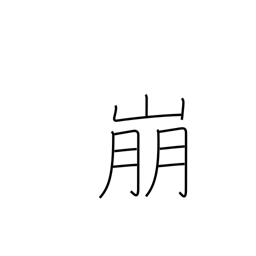
Meaning: demolish